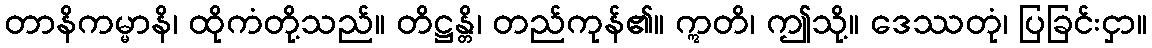
တာနိကမ္မာနိ၊ ထိုကံတို့သည်။ တိဋ္ဌန္တိ၊ တည်ကုန်၏။ ဣတိ၊ ဤသို့။ ဒေဿတုံ၊ ပြခြင်းငှာ။